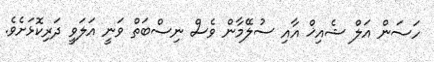
ހަސަން އަލް ޝެއިޚް އާއި ސުލޭމާން ވެސް ނިސްބަތް ވަނީ އަލަވީ ދަރިކޮޅަށެވެ.